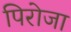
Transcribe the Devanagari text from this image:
पिरोजा